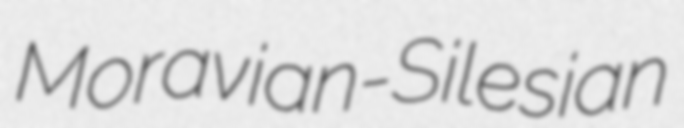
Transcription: Moravian-Silesian